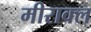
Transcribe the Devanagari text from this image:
मीराक्ल